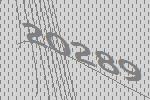
20289